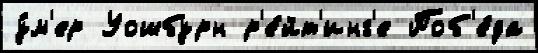
у́м'ер Уошбурн р'е́йт'инг'е Поб'е́да